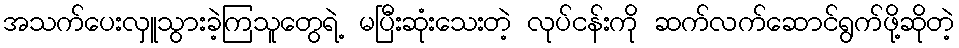
အသက်ပေးလှူသွားခဲ့ကြသူတွေရဲ့ မပြီးဆုံးသေးတဲ့ လုပ်ငန်းကို ဆက်လက်ဆောင်ရွက်ဖို့ဆိုတဲ့